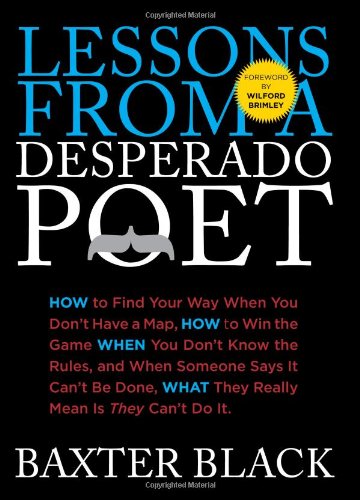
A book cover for Lessons from a Desperado Poet: How To Find Your Way When You Don'T Have A Map, How To Win The Game When You Don'T Know The Rules, And When Someone ... What They Really Mean Is They Can'T Do It.; Baxter Black; Humor & Entertainment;